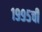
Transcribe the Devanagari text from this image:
१९९५ची